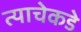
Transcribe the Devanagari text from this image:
त्याचेकडे